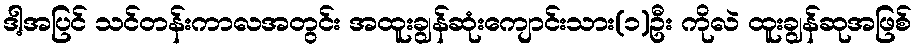
ဒါ့အပြင် သင်တန်းကာလအတွင်း အထူးချွန်ဆုံးကျောင်းသား(၁)ဦး ကိုလဲ ထူးချွန်ဆုအဖြစ်